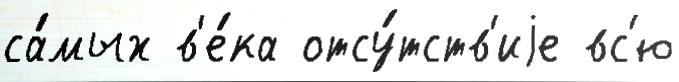
са́мых в'е́ка отсу́тств'иjе вс'ю